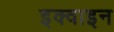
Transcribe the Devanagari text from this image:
इक्वाइन